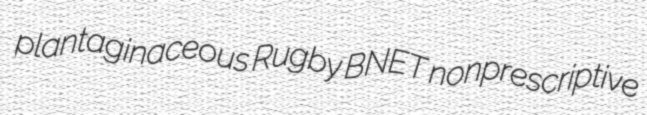
plantaginaceous Rugby BNET nonprescriptive